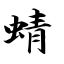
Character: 蜻